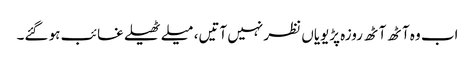
اب وہ آٹھ آٹھ روزہ پڑیویاں نظر نہیں آتیں، میلے ٹھیلے غائب ہو گئے۔